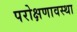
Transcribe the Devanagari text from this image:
परोक्षणावस्था